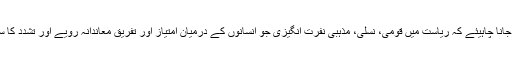
قانون ساز اداروں سے یہ مطالبہ کیا جانا چاہیئے کہ ریاست میں قومی، نسلی، مذہبی نفرت انگیزی جو انسانوں کے درمیان امتیاز اور تفریق معاندانہ رویے اور تشدد کا سبب بنتی ہے پر مکمل پابندی لگائیں۔